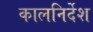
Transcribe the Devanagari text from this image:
कालनिर्देश